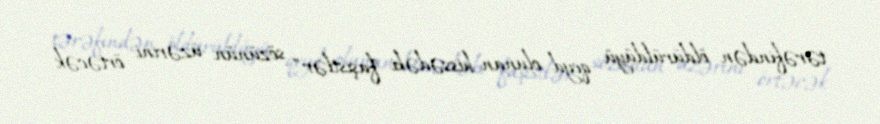
tərəfindən öldürüldüyü qeyd olunan hissədəki "faşistlər" sözünün üzərini örtəcək